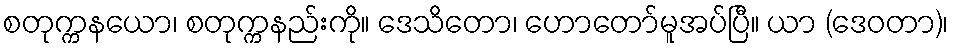
စတုက္ကနယော၊ စတုက္ကနည်းကို။ ဒေသိတော၊ ဟောတော်မူအပ်ပြီ။ ယာ (ဒေဝတာ)၊